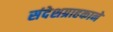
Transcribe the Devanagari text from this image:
संदेशग्राहकाने